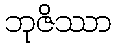
ဘုဇိဿာ